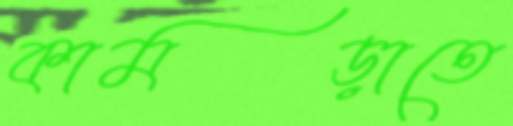
কামড়াতে